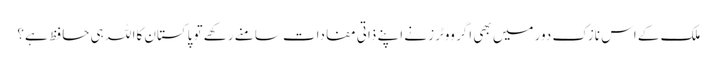
ملک کے اس نازک دور میں بھی اگر ووٹرز نے اپنے ذاتی مفادات سامنے رکھے تو پاکستان کاا للہ ہی حافظ ہے؟